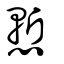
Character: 慙